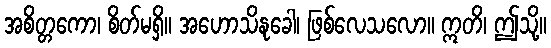
အစိတ္တကော၊ စိတ်မရှိ။ အဟောသိနုခေါ၊ ဖြစ်လေသလော။ ဣတိ၊ ဤသို့။